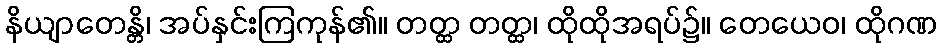
နိယျာတေန္တိ၊ အပ်နှင်းကြကုန်၏။ တတ္ထ တတ္ထ၊ ထိုထိုအရပ်၌။ တေယေဝ၊ ထိုဂဏ